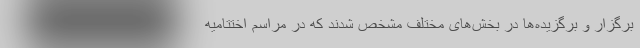
برگزار و برگزیده‌ها در بخش‌های مختلف مشخص شدند که در مراسم اختتامیه